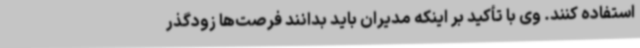
استفاده کنند. وی با تأکید بر اینکه مدیران باید بدانند فرصت‌ها زودگذر